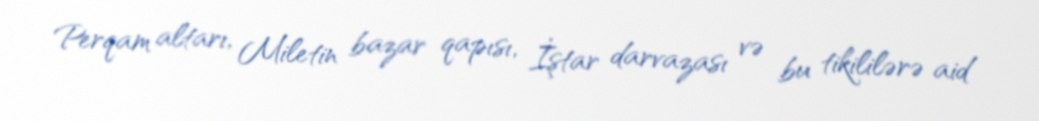
Perqam altarı, Miletin bazar qapısı, İştar darvazası və bu tikililərə aid